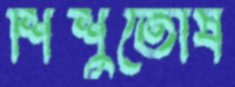
শিশুতোষ